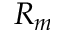
R _ { m }